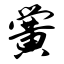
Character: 黉